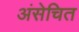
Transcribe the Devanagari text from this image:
अंसेचित